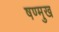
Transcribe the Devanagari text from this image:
षण्मुख